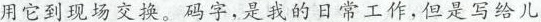
用它到现场交换。码子，是我的日常工作，但是写给儿